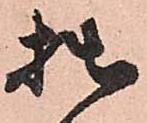
拙